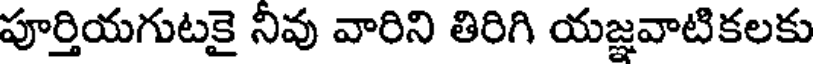
పూర్తియగుటకై నివు వారిని తిరిగి యజ్ఞవాటికలకు